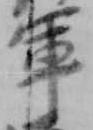
軍